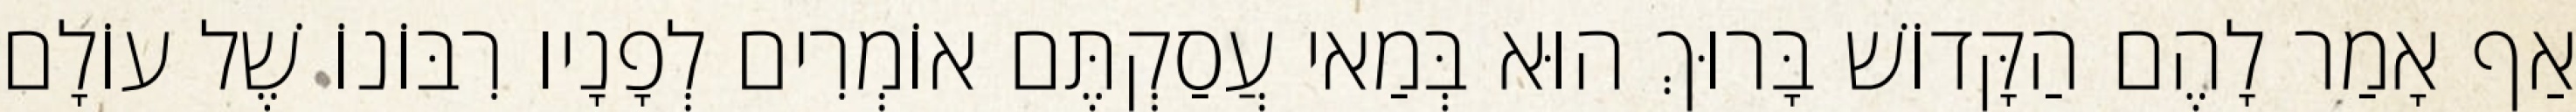
אַף אָמַר לָהֶם הַקָּדוֹשׁ בָּרוּךְ הוּא בְּמַאי עֲסַקְתֶּם אוֹמְרִים לְפָנָיו רִבּוֹנוֹ שֶׁל עוֹלָם